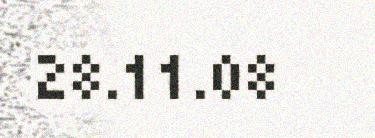
28.11.08